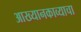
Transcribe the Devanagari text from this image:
आख्यानकाव्याचा